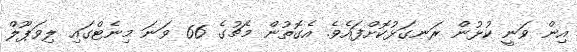
އިން ވަނީ ކުޅުން ރަނގަޅުކޮށްފައެވެ. އެގޮތުން މެޗުގެ 66 ވަނަ މިނެޓްގައި ލިވަޕޫލް